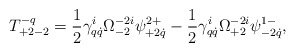
\begin{align*}T^{-q}_{+2-2}=\frac12\gamma^i_{q\dot q}\Omega^{-2i}_{-2}\psi^{2+}_{+2\dot q}-\frac12\gamma^i_{q\dot q}\Omega^{-2i}_{+2}\psi^{1-}_{-2\dot q},\end{align*}